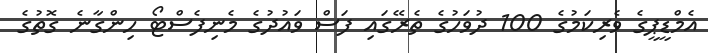
އެމްޑީޕީގެ ވެރިކަމުގެ 100 ދުވަހުގެ ތެރޭގައި ފަސް ވައުދުގެ މެނިފެސްޓޯ ހިންގާނެ ގޮތުގެ